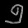
Digit: ၅